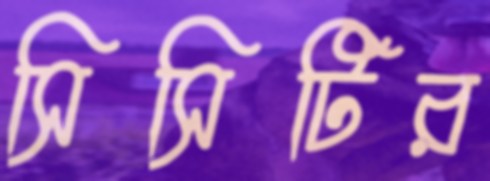
সিসিটির